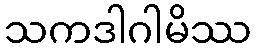
သကဒါဂါမိဿ